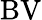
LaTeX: \mathrm{BV}